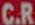
C.R